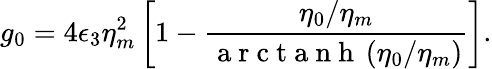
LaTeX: g_{0}=4\epsilon_{3}\eta_{m}^{2}\left[1-\frac{\eta_{0}/\eta_{m}}{\mathrm{~a~r~c~t~a~n~h~}\left(\eta_{0}/\eta_{m}\right)}\right].